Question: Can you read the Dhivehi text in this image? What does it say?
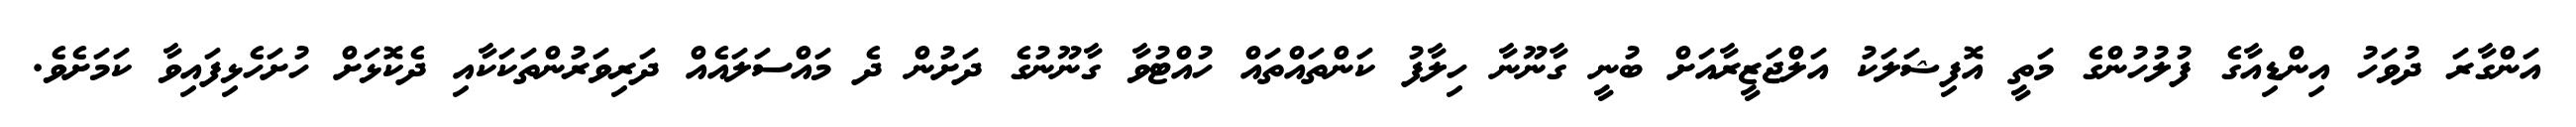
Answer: އަންގާރަ ދުވަހު އިންޑިއާގެ ފުލުހުންގެ މަތީ އޮފިޝަލަކު އަލްޖަޒީރާއަށް ބުނީ ގާނޫނާ ހިލާފު ކަންތައްތައް ހުއްޓުވާ ގާނޫނުގެ ދަށުން ދެ މައްސަލައެއް ދަރިވަރުންތަކަކާއި ދެކޮޅަށް ހުށަހެޅިފައިވާ ކަމަށެވެ.